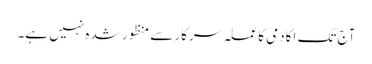
آج تک اکادمی کا عملہ سرکار سے منظور شدہ نہیں ہے۔